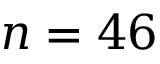
n = 4 6